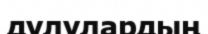
дулулардың